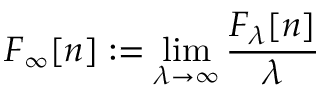
F _ { \infty } [ n ] : = \operatorname* { l i m } _ { \lambda \to \infty } \frac { F _ { \lambda } [ n ] } { \lambda }